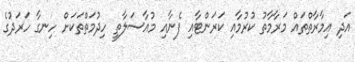
އަދި އިމާރާތްތައް މަރާމާތު ކުރުމާއި ކަރަންޓާއި ފެނާއި މުއާސަލާތީ ހިދުމަތްތަކަށް ހިނގާ ހަރަދުގެ